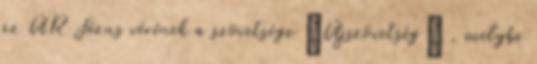
az ÚR Jézus vérének a szövetsége „Újszövetség” , melybe